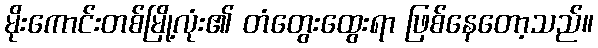
မိုးကောင်းတစ်မြို့လုံး၏ တံတွေးထွေးရာ ဖြစ်နေတော့သည်။